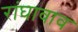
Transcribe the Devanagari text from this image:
रांघावाव